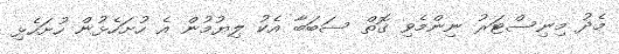
މެދު މިނިސްޓަރު ނިންމެވި ގޮތް ސަބަބާ އެކު ލިޔުމުން އެ ހުށަހެޅުން ހުށަހެޅި